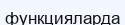
функцияларда